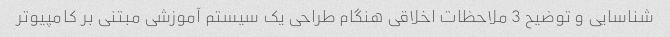
شناسایی و توضیح 3 ملاحظات اخلاقی هنگام طراحی یک سیستم آموزشی مبتنی بر کامپیوتر